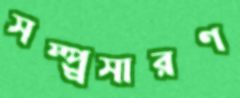
সম্প্র্রসারণ